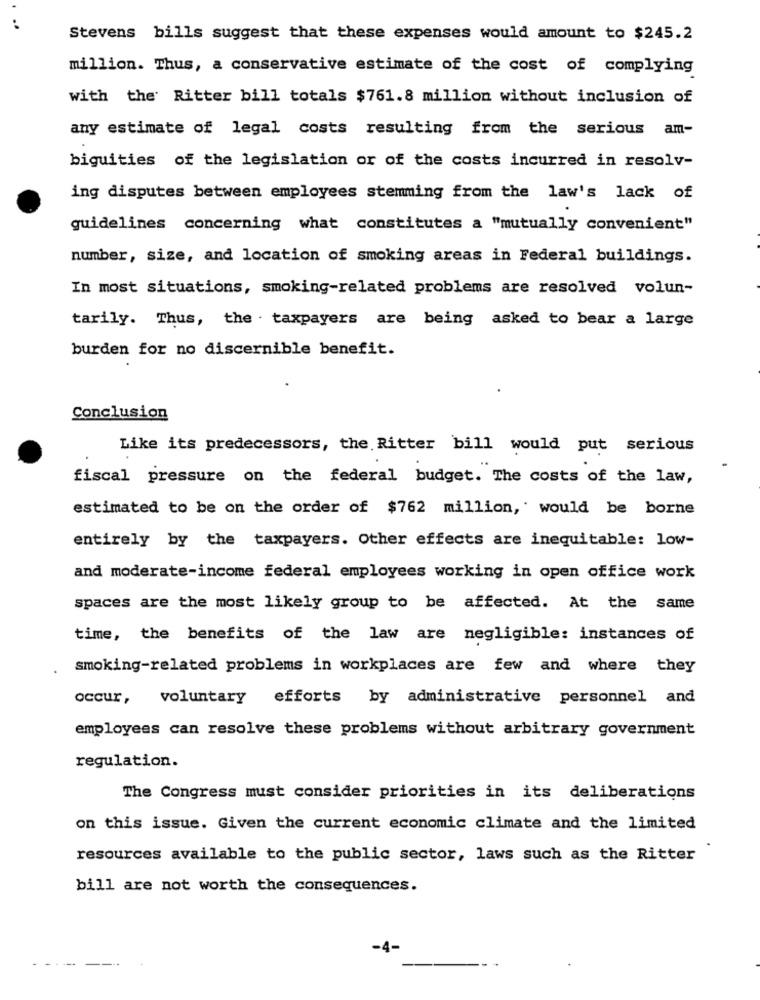
..
Stevens bills suggest that these expenses would amount to $245.2
million. Thus, a conservative estimate of the cost of complying
with the Ritter bill totals $761.8 million without inclusion of
any estimate of legal costs resulting from the serious am-
biguities of the legislation or of the costs incurred in resolv-
ing disputes between employees stemming from the law's lack of
guidelines concerning what constitutes a "mutually convenient"
number, size, and location of smoking areas in Federal buildings.
In most situations, smoking-related problems are resolved volun-
tarily. Thus, the . taxpayers are being asked to bear a large
burden for no discernible benefit.
Conclusion
Like its predecessors, the Ritter bill would put serious
fiscal pressure on the federal budget. The costs of the law,
estimated to be on the order of $762 million, would be borne
entirely by the taxpayers. Other effects are inequitable: low-
and moderate-income federal employees working in open office work
spaces are the most likely group to be affected. At the same
time, the benefits of the law are negligible: instances of
smoking-related problems in workplaces are few and where they
occur, voluntary
efforts by administrative personnel and
employees can resolve these problems without arbitrary government
regulation.
The Congress must consider priorities in its deliberations
on this issue. Given the current economic climate and the limited
resources available to the public sector, laws such as the Ritter
bill are not worth the consequences.
-4-